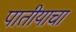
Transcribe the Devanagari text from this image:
पातीयाचा